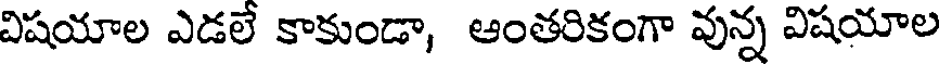
విషయాల ఎడలే కాకుండా, ఆంతరికంగా వున్న విషయాల